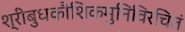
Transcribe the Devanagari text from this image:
श्रीबुधकौशिकमुनिविरचितं